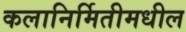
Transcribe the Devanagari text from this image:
कलानिर्मितीमधील